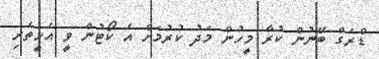
ޑްރަގް ބޭނުން ކުރާ މީހުން މަދު ކުރުމަށް އެ ކޯޓުން ވީ އެހީތެރި